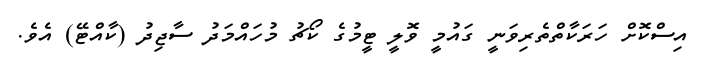
އިސްކޮށް ހަރަކާތްތެރިވަނީ ގައުމީ ވޮލީ ޓީމުގެ ކޯޗު މުހައްމަދު ސާޖިދު (ކާއްޓޭ) އެވެ.